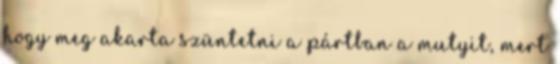
hogy meg akarta szüntetni a pártban a mutyit, mert